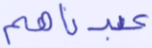
عبدناهم